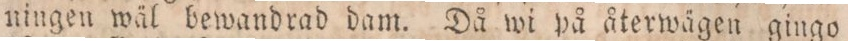
ningen wäl bewandrad dam. Då wi på återwägen gingo